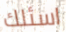
اسئلك